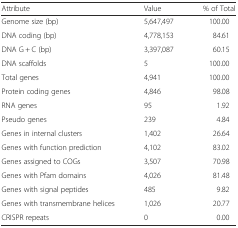
| Attribute | Value | % of Total |
 | --- | --- | --- |
 | Genome size (bp) | 5,647,497 | 100.00 |
 | DNA coding (bp) | 4,778,153 | 84.61 |
 | DNA G + C (bp) | 3,397,087 | 60.15 |
 | DNA scaffolds | 5 | 100.00 |
 | Total genes | 4,941 | 100.00 |
 | Protein coding genes | 4,846 | 98.08 |
 | RNA genes | 95 | 1.92 |
 | Pseudo genes | 239 | 4.84 |
 | Genes in internal clusters | 1,402 | 26.64 |
 | Genes with function prediction | 4,102 | 83.02 |
 | Genes assigned to COGs | 3,507 | 70.98 |
 | Genes with Pfam domains | 4,026 | 81.48 |
 | Genes with signal peptides | 485 | 9.82 |
 | Genes with transmembrane helices | 1,026 | 20.77 |
 | CRISPR repeats | 0 | 0.00 |